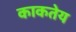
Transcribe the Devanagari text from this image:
काकतेय